Plague in India, 1896, 1897 - Volume 2
Year: 1896
Disease focus: Plague
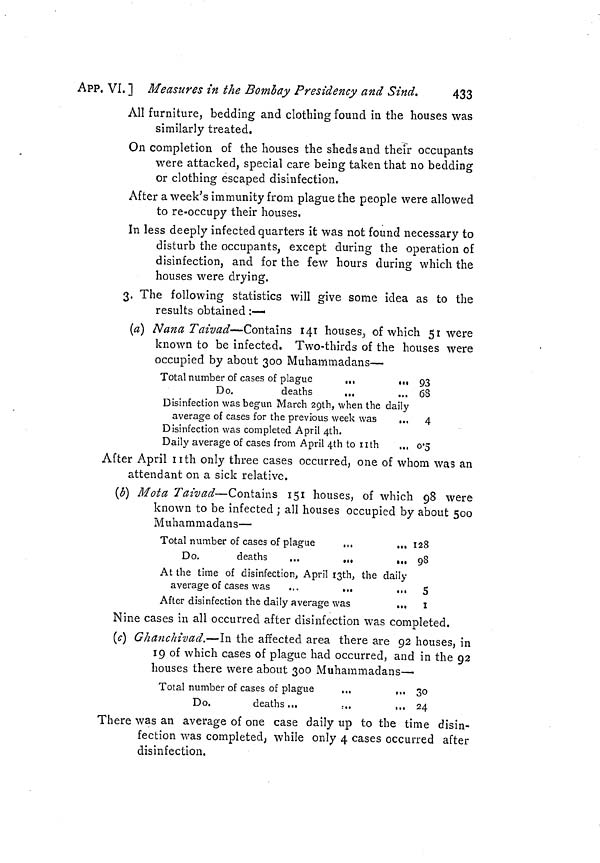
APP. VI. ] Measures in the Bombay Presidency and Sind.
433
All furniture, bedding and clothing found in the houses was
similarly treated.
On completion of the houses the sheds and their occupants
were attacked, special care being taken that no bedding
or clothing escaped disinfection.
After a week's immunity from plague the people were allowed
to re-occupy their houses.
In less deeply infected quarters it was not found necessary to
disturb the occupants, except during the operation of
disinfection, and for the few hours during which the
houses were drying,
3, The following statistics will give some idea as to the
results obtained :—
(a) NanaTaivad—Contains 141 houses, of which 51 were
known to be infected. Two-thirds of the houses were
occupied by about 300 Muhammadans—
Total number of cases of plague
.,,
,,,
Do.
deaths
...
Disinfection was begun March 29th, when the daily
average of cases for the previous week was
,,,
Disinfection was completed April 4th.
Daily average of cases from April 4th to nth
,,,
93
68
4
0'5
After April nth only three cases occurred, one of whom was an
attendant on a sick relative.
(b] Mota Taivad—Contains 151 houses, of which 98 were
known to be infected ; all houses occupied by about 500
Muhammadans—
Total number of cases of plague
,,,
.,,
Do.
deaths
...
.,,
,.,
At the time of disinfection, April 13th, the daily
average of cases was
...
...
.,,
After disinfection the daily average was
...
128
98
5
1
Nine cases in all occurred after disinfection was completed.
(c) Ghanchivad.—In the affected area there are 92 houses, in
19 of which cases of plague had occurred, and in the 92
houses there were about 300 Muhammadans—
Total number of cases of plague
...
...
Do.
deaths ...
..,,
,,.
30
24
There was an average of one case daily up to the time disin-
fection was completed; while only 4 cases occurred after
disinfection.